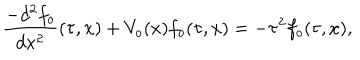
LaTeX: \frac { - d ^ { 2 } f _ { o } } { d x ^ { 2 } } ( \tau , x ) + V _ { o } ( x ) f _ { o } ( \tau , x ) = - \tau ^ { 2 } f _ { o } ( \tau , x ) ,